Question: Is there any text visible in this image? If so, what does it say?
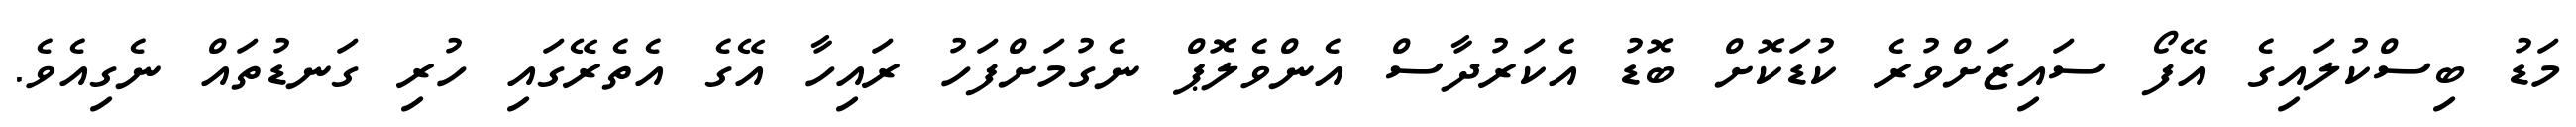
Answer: މަޑު ބިސްކުލައިގެ އޭފޯ ސައިޒަށްވުރެ ކުޑަކޮށް ބޮޑު އެކަރުދާސް އެންވެލޮޕް ނެގުމަށްފަހު ރައިހާ އޭގެ އެތެރޭގައި ހުރި ގަނޑުތައް ނެގިއެވެ.